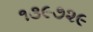
૧૩૯૭૨૯